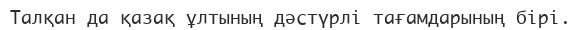
Талқан да қазақ ұлтының дәстүрлі тағамдарының бірі.